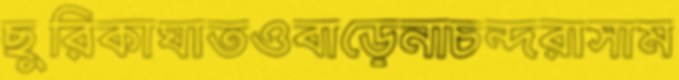
ছুরিকাঘাতওবাড়েনাচন্দরাসাম